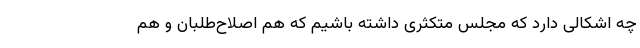
چه اشکالی دارد که مجلس متکثری داشته باشیم که هم اصلاح‌طلبان و هم